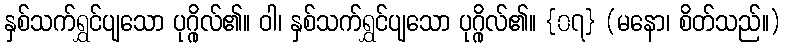
နှစ်သက်ရွှင်ပျသော ပုဂ္ဂိုလ်၏။ ဝါ၊ နှစ်သက်ရွှင်ပျသော ပုဂ္ဂိုလ်၏။ {၀၇} (မနော၊ စိတ်သည်။)